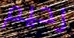
رحيم